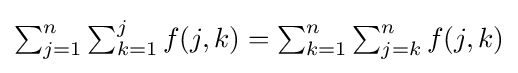
{\textstyle \sum _{j=1}^{n}\sum _{k=1}^{j}f(j,k)=\sum _{k=1}^{n}\sum _{j=k}^{n}f(j,k)}